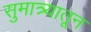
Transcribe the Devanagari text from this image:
सुमात्र्यातून